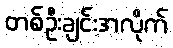
တစ်ဦးချင်းအလိုက်